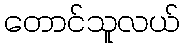
တောင်သူလယ်